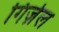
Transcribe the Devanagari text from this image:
गिज़ेल